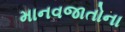
માનવજાતોના